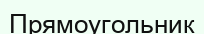
Прямоугольник